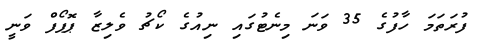
ފުރަތަމަ ހާފުގެ 35 ވަނަ މިނެޓުގައި ނިއުގެ ކޯޗު ވެލިޒާ ޕޮޕޯފް ވަނީ